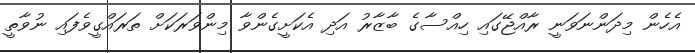
އެހެން މިދަންނަވަނީ ރާއްޖޭގައި ހިއްސާގެ ބާޒާރު އަދި އެކަށީގެންވާ މިންވަރަކަށް ތަރައްގީވެފައި ނުވާތީ